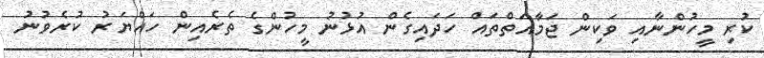
ކުރި މީހުންނާއި ވަކިން ޖަމާއަތްތައް ހަދައިގެން އުޅުނު މީހުންގެ ތެރެއިން ހައްޔަރު ކުރެވުނު